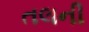
તલની